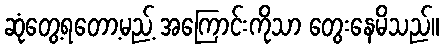
ဆုံတွေ့ရတော့မည့် အကြောင်းကိုသာ တွေးနေမိသည်။